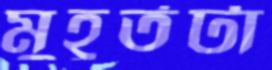
মুহূর্তটা